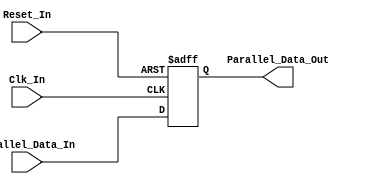
/* 
Verilog Code to implement a ParParallel-In-Parallel-Out - PIPO - 8-Bit Shift Register.



Author - Prasad Narayan Ghatol
*/



module Parallel_In_Parallel_Out_PIPO_8_Bit(
    input            Clk_In,
    input            Reset_In,

    input      [7:0] Parallel_Data_In,
    output reg [7:0] Parallel_Data_Out
);



// --------------------------------------------------
// Parallel-In-Parallel-Out - PIPO - 8-Bit Shift Register Logic
// --------------------------------------------------
always @ (negedge Clk_In or posedge Reset_In)
    begin
        if (Reset_In)
            begin
                Parallel_Data_Out <= 8'b0;
            end
        else
            begin
                Parallel_Data_Out[0] <= Parallel_Data_In[0];
                Parallel_Data_Out[1] <= Parallel_Data_In[1];
                Parallel_Data_Out[2] <= Parallel_Data_In[2];
                Parallel_Data_Out[3] <= Parallel_Data_In[3];
                Parallel_Data_Out[4] <= Parallel_Data_In[4];
                Parallel_Data_Out[5] <= Parallel_Data_In[5];
                Parallel_Data_Out[6] <= Parallel_Data_In[6];
                Parallel_Data_Out[7] <= Parallel_Data_In[7];
            end
    end



endmodule